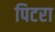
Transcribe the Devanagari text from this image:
पिटरा